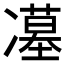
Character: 𭂥